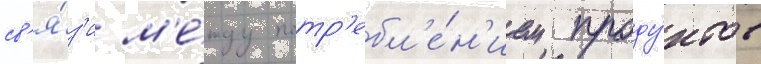
св'я́з'и м'е́жду потр'ебл'е́н'ием проду́ктов